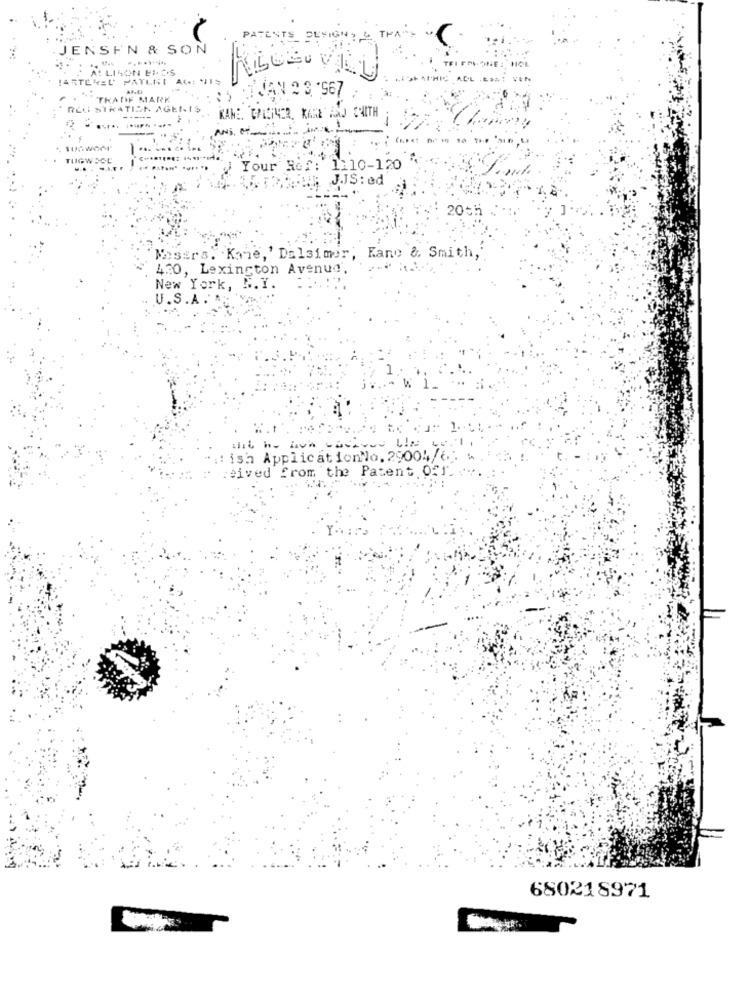
PATENTS DENIGHT THAT
JENSEN & SON
. A. LIMON EROS
ARTEVEL' PATLNI ACERLIS
TRADE MARK
REGISTRATION AGENTS
KAME. GARDINER, KANE AND CAITH
ANS, CARL
TUGWROC
Your Ref:
1110-120
JJS: ed
20th
Nosers. Kone,' Dalsimer, Fane & Smith,
430, Lexington Avenue.
New York, N.Y.
U.S.A. *:
ish ApplicationNo. 29004/c.
:eived from the Patent Off.
680218971